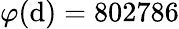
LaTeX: \varphi(\mathrm{d})=802786